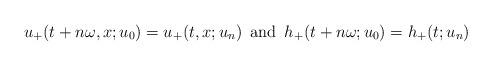
LaTeX: \begin{align*}u_+(t+n\omega,x;u_0)=u_+(t,x;u_n)\,\hbox{ and }\, h_+(t+n\omega;u_0)=h_+(t;u_n)\end{align*}